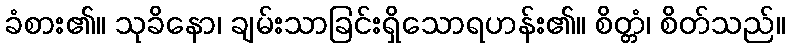
ခံစား၏။ သုခိနော၊ ချမ်းသာခြင်းရှိသောရဟန်း၏။ စိတ္တံ၊ စိတ်သည်။